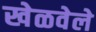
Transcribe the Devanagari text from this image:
खेळवेले